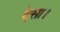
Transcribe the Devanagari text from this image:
देसा।